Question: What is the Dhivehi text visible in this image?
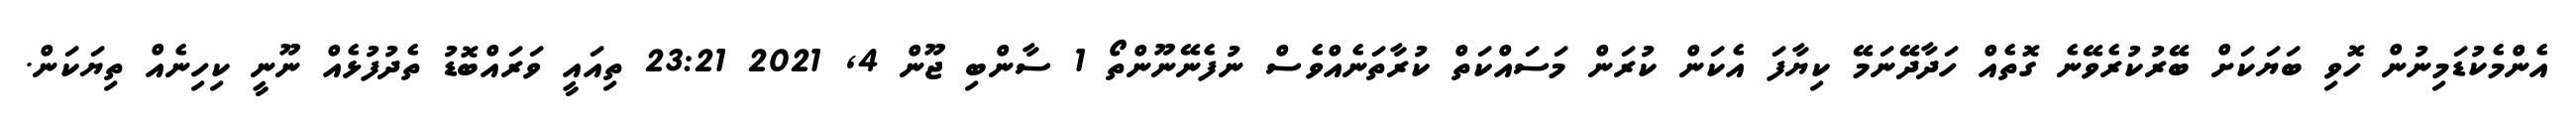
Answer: އެންމެކުޑަމިނުން ހޮވި ބަޔަކަށް ބޭރުކުރެވޭނެ ގޮތެއް ހަދާދޭނަމޭ ކިޔާފަ އެކަން ކުރަން މަސައްކަތް ކުރާތަނެއްވެސް ނުފެނޭނޫންތޯ 1 ސާންބި ޖޫން 4, 2021 23:21 ތިއައީ ވަރައްބޮޑު ތެދުފުޅެއް ނޫނީ ކިހިނެއް ތިޔަކަން.